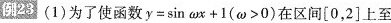
例23 (1)为了使函数$$y=\sin \omega x+1(\omega >0)$$在区间[0，2]上至